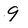
Character: g